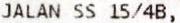
JALAN SS 15/4B,